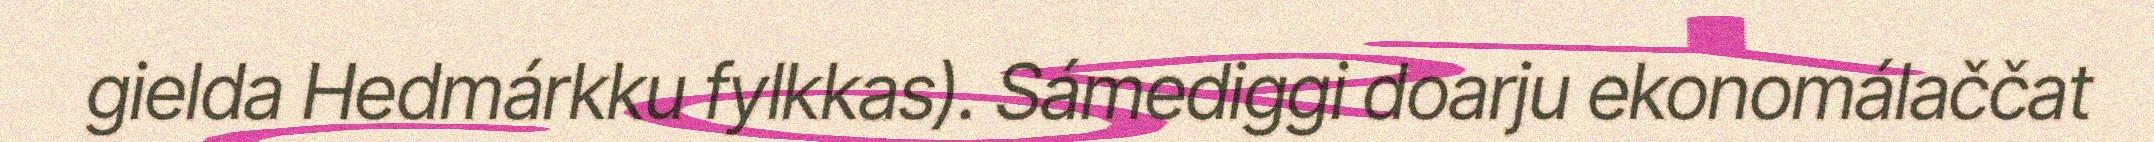
gielda Hedmárkku fylkkas). Sámediggi doarju ekonomálaččat